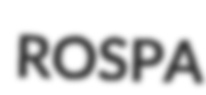
ROSPA